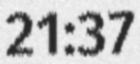
21:37